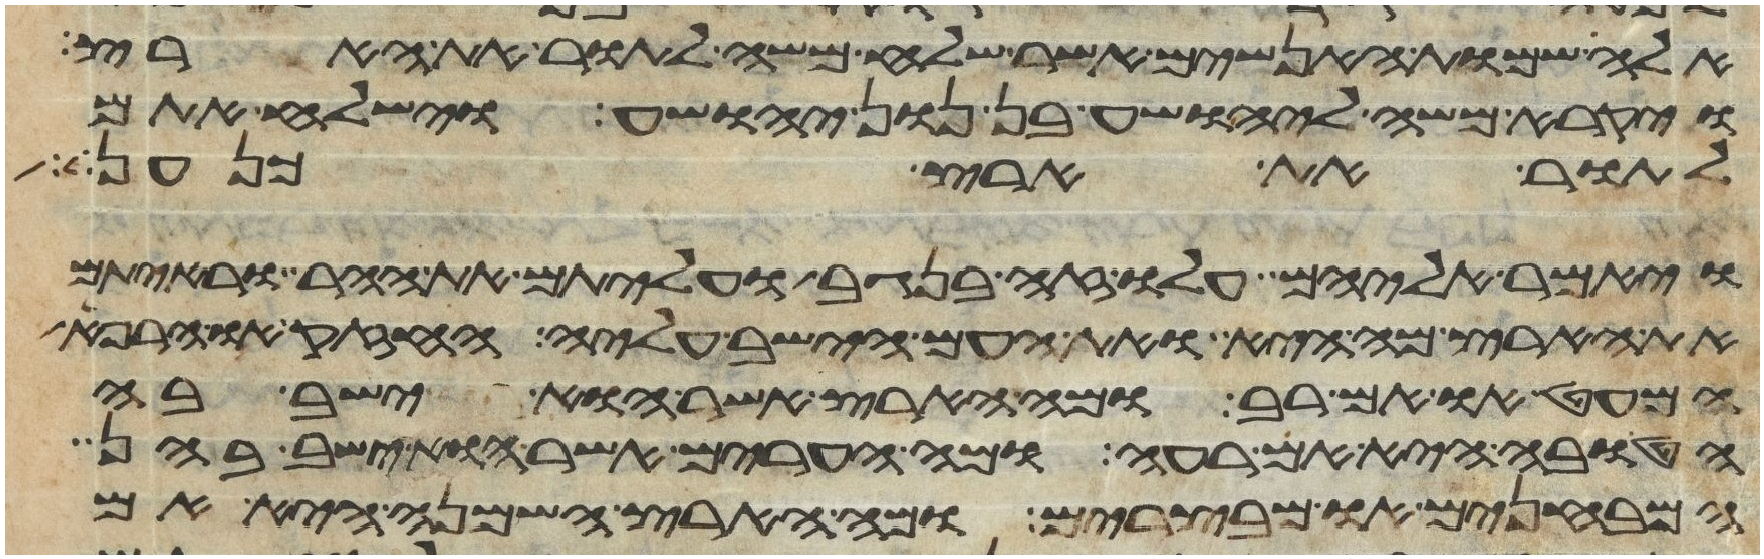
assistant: אלה שמות האנשים אשר שלח משה לתור את הארץ
ויקרא משה ליהושע בן נון יהושע וישלח אתם
לתור את ארץ כנען
ויאמר אליהם עלו זה בנגב ועליתם את ההר וראיתם
את הארץ מה היא ואת העם הישב עליה החזק או הרפא
המעט הוא אם רב ומה הארץ אשר הוא ישב בה
הטובה היא אם רעה ומה הערים אשר הוא ישב בהן
המבחנים או מבצרים ומה הארץ השמנה היא אם